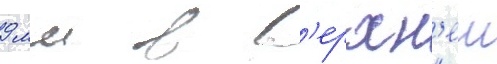
9 мм в в'ерхн'еи